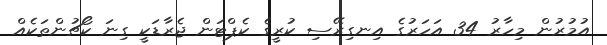
އުމުރުން މިހާރު 34 އަހަރުގެ އިނގިރޭސި ކުރީގެ ކެޕްޓަން ޖެރާޑަކީ ގިނަ ކޯޗުންތަކެއް